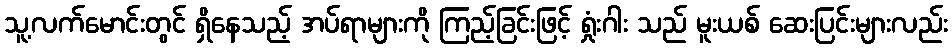
သူ့လက်မောင်းတွင် ရှိနေသည့် အပ်ရာများကို ကြည့်ခြင်းဖြင့် ရှုံးဂါး သည် မူးယစ် ဆေးပြင်းများလည်း